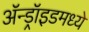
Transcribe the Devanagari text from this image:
ॲन्ड्रॉइडमध्ये